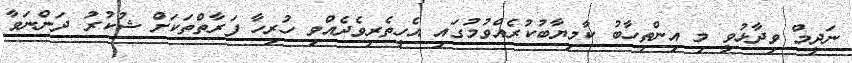
ނަދީމް ވިދާޅުވީ މި އިންތިހާބު ކާމިޔާބުކުރެއްވުމުގައި އެހީތެރިވެދެއްވި ހުރިހާ ފަރާތްތަކަށް ޝުކުރު ދަންނަވާ